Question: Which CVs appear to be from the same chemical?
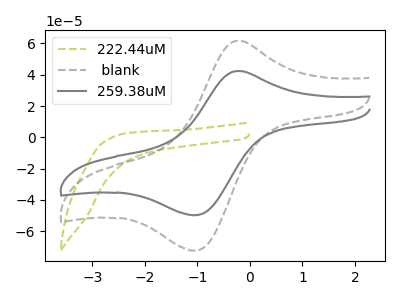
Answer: <think>The olive dashed curve "222.44uM" has no peaks. The gray dashed curve " blank" has an anodic peak at (-0.25V, 61.80uA) and a cathodic peak at (-1.10V, -72.30uA). The gray curve "259.38uM" has an anodic peak at (-0.25V, 42.45uA) and a cathodic peak at (-1.10V, -49.65uA).
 "222.44uM" and " blank" have a different number of peaks. "222.44uM" and "259.38uM" have a different number of peaks. All the peaks in " blank" have a peak in "259.38uM" at the same potential. Every peak in " blank" is higher than every peak in "259.38uM".</think>
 <answer>" blank" and "259.38uM" have the same shape and are likely CV's of the same chemical.</answer>
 <eval>" blank" "259.38uM"</eval>